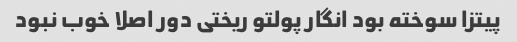
پیتزا سوخته بود انگار پولتو ریختی دور اصلا خوب نبود